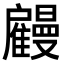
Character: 𢩤